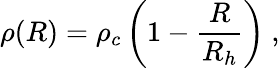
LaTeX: \rho(R)=\rho_{c}\left(1-\frac{R}{R_{h}}\right)\ ,